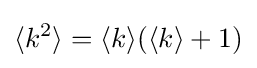
\langle k^{2}\rangle =\langle k\rangle (\langle k\rangle +1)